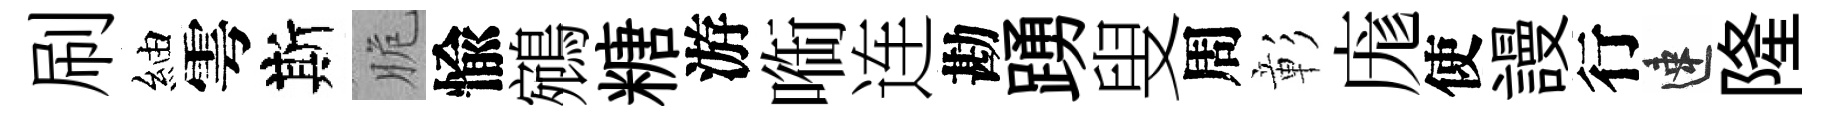
刷紬雩斯脆愉鵷糖游㗸连勘踴叟周彰庬使謾行速隆